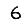
Digit: 6